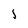
Character: 1